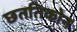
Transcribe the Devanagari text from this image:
छततिकोन